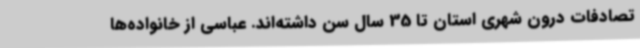
تصادفات درون شهری استان تا 35 سال سن داشته‌اند. عباسی از خانواده‌ها